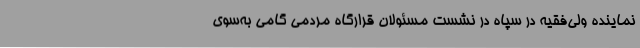
نماینده ولی‌فقیه در سپاه در نشست مسئولان قرارگاه مردمی گامی به‌سوی